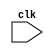
module synchronous_logic (
    input wire clk,
    // other input and output ports
    
);

reg [1:0] state;

always @ (posedge clk or negedge clk) begin
    // code block to be executed on every rising or falling edge of the clock signal
end

// other logic implementation

endmodule